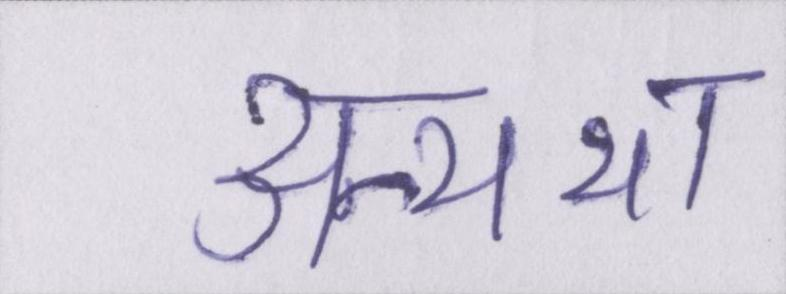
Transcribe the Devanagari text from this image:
अन्यथा